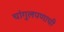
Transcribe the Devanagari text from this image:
चांगुलपणाची